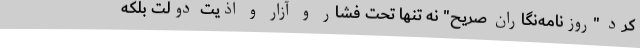
کرد "روزنامه‌نگاران صریح" نه تنها تحت فشار و آزار و اذیت دولت بلکه